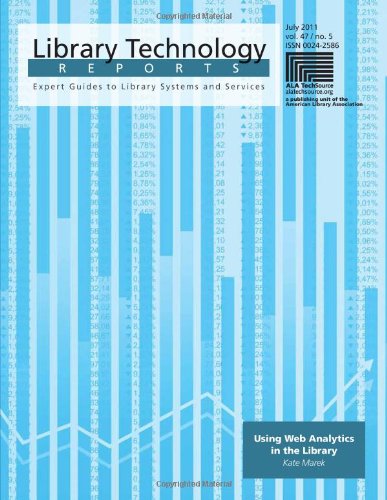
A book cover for Using Web Analytics in the Library (Library Technology Reports); Kate Marek; Computers & Technology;